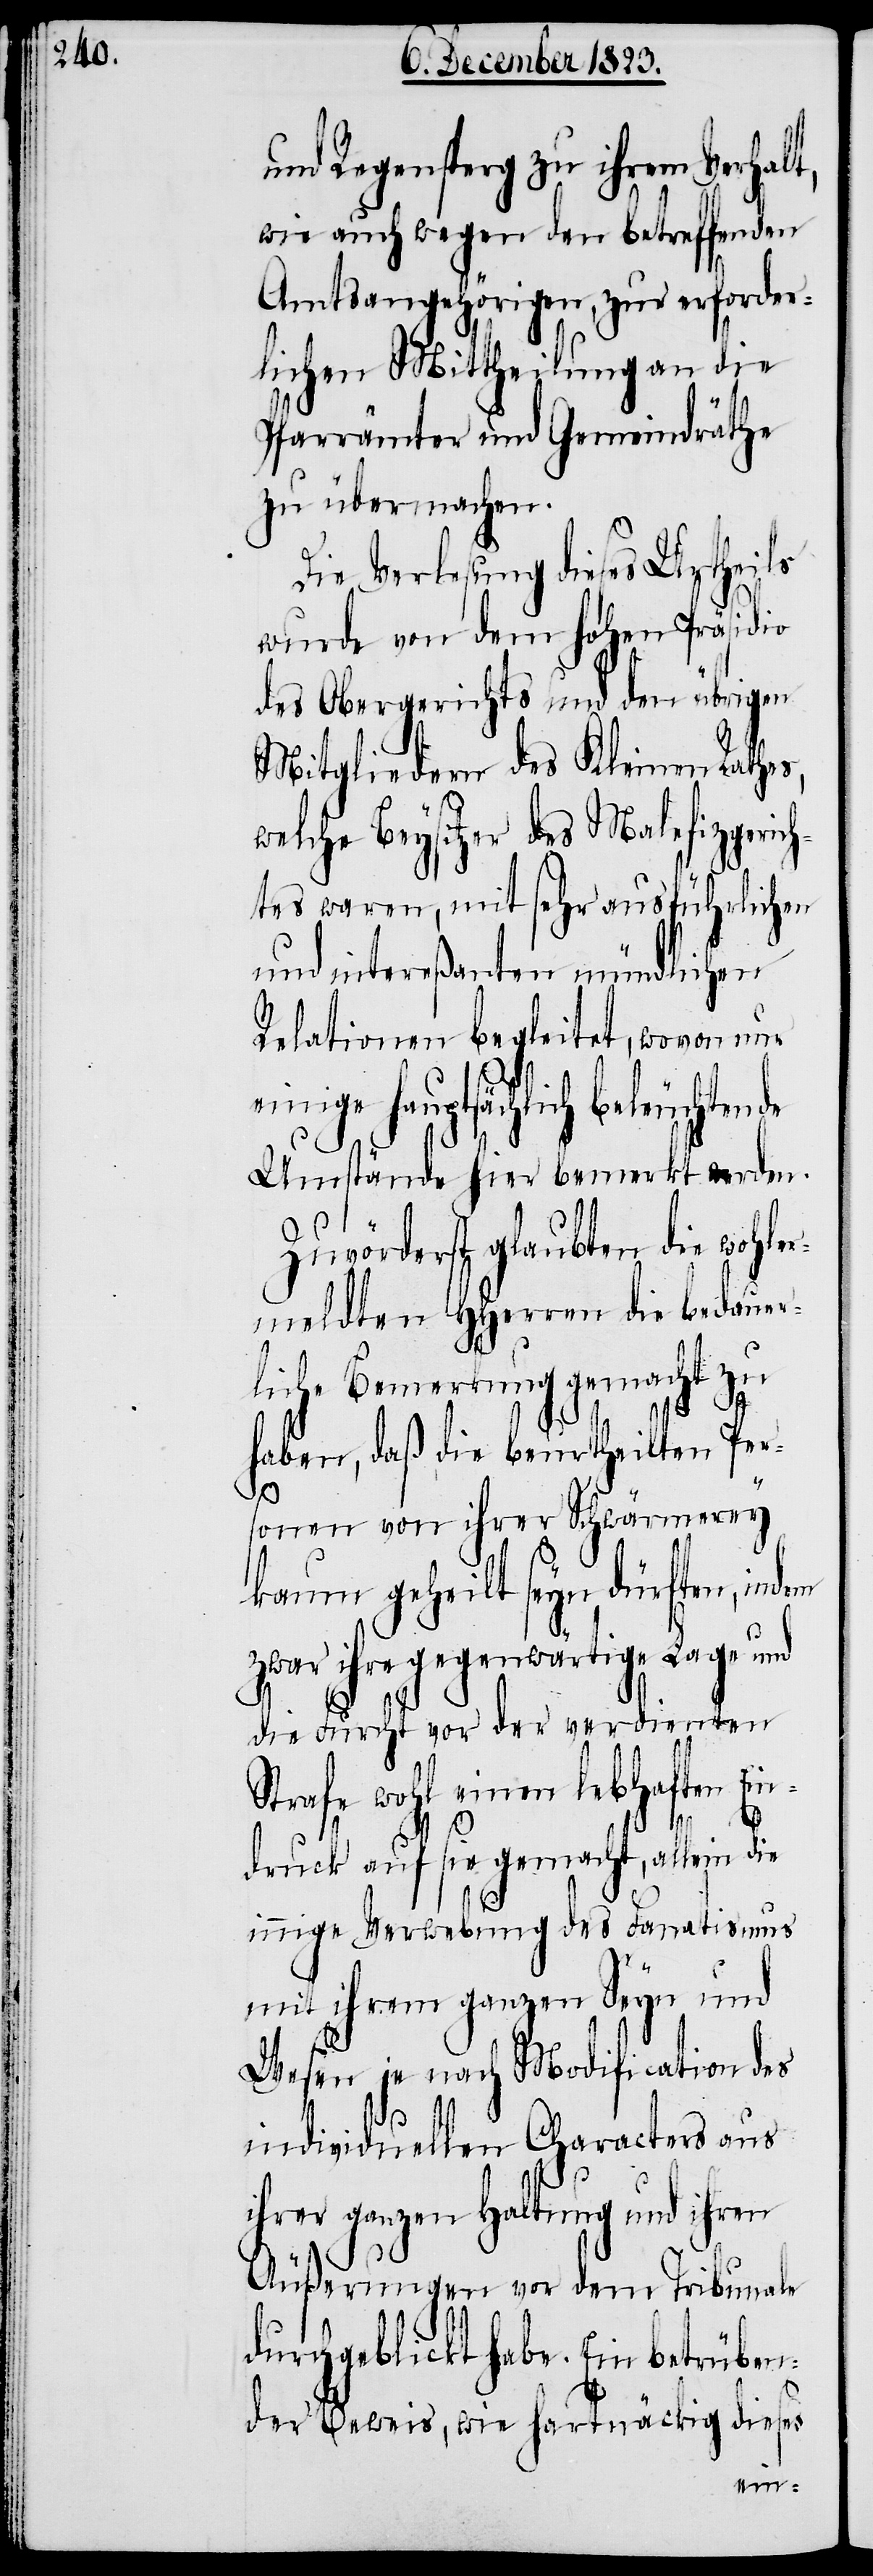
und Regensperg zu ihrem Verhalt,
wie auch wegen den betreffenden
Amtsangehörigen, zur erforder¬
lichen Mittheilung an die
Pfarrämter und Gemeindräthe
zu übermachen.
Die Verlesung dieses Urtheils
wurde von dem hohen Präsidio
des Obergerichts und den übrigen
Mitgliedern des Kleinen Rathes,
welche Beysitzer des Malefizgeric¬
htes waren, mit sehr ausführlichen
und intereßanten mündlichen
Relationen begleitet, wovon nur
einige hauptsächlich beleuchten¬
Umstände hier bemerkt werden.
Zuvörderst glaubten die wohle¬
rmeldten HHerren die bedauer¬
liche Bemerkung gemacht zu
haben, daß die beurtheilten Per¬
sonen von ihrer Schwärmerey
kaum geheilt seyn dürften, indem
zwar ihre gegenwärtige Lage und
die Furcht vor der verdienten
Strafe wohl einen lebhaften Ein¬
de
druck auf sie gemacht, allein die
innige Verwebung des Fanatismus
mit ihrem ganzen Seyn und
Wesen je nach Modification des
individuellen Characters aus
ihrer ganzen Haltung und ihren
Äußerungen vor dem Tribunale
durchgeblickt habe. Ein betrüben¬
der Beweis, wie hartnäckig dieses